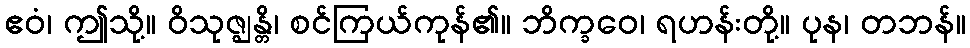
ဧဝံ၊ ဤသို့။ ဝိသုဇ္ဈန္တိ၊ စင်ကြယ်ကုန်၏။ ဘိက္ခဝေ၊ ရဟန်းတို့။ ပုန၊ တဘန်။